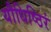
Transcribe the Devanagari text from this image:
यौधिष्ठिरं